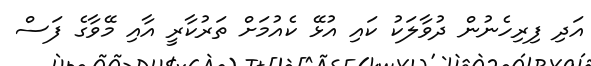
އަދި ފިރިހެނުން ދުވާލަކު ކައި އުޅޭ ކެއުމަށް ތަރުކާރީ އާއި މޭވާގެ ފަސް